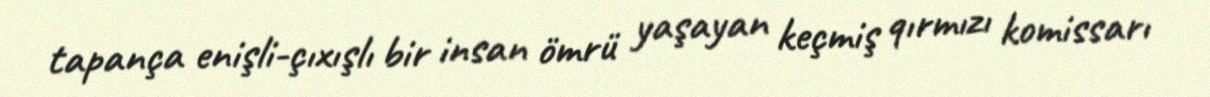
tapança enişli-çıxışlı bir insan ömrü yaşayan keçmiş qırmızı komissarı